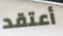
أعتقد